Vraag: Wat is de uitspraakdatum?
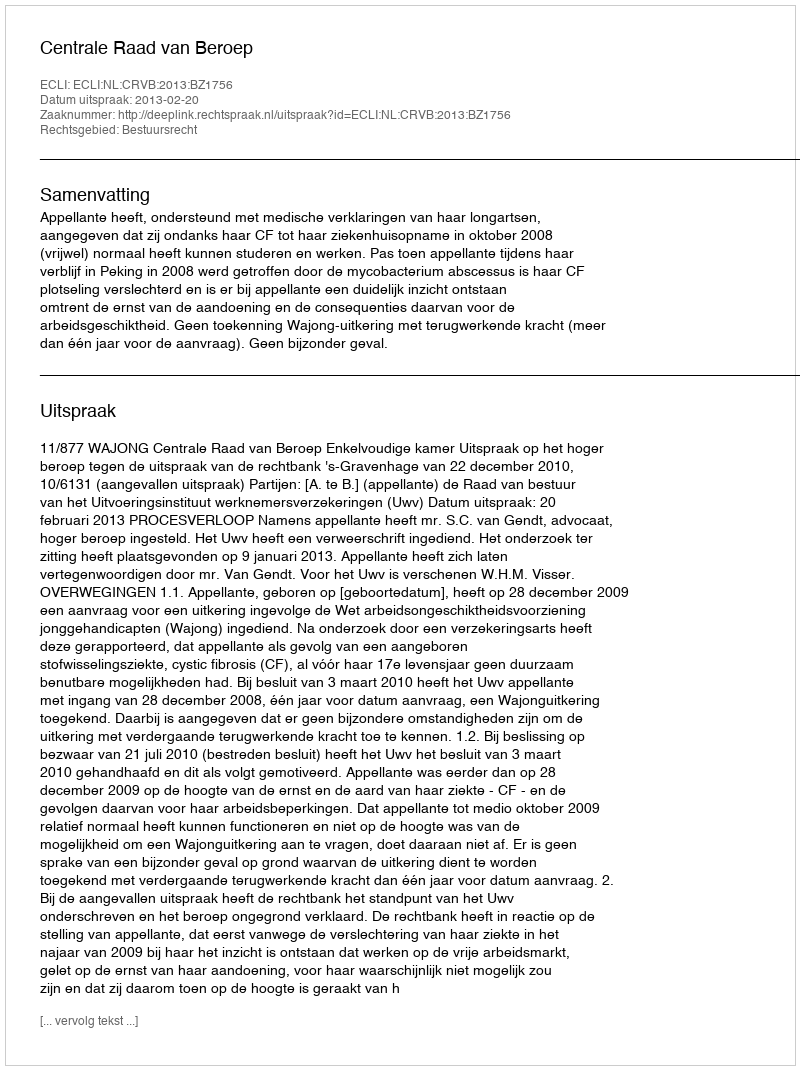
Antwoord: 2013-02-20